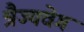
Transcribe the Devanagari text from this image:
त्रैज्यवेग